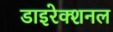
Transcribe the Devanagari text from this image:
डाइरेक्शनल